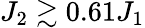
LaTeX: J_{2}\gtrsim 0.61J_{1}